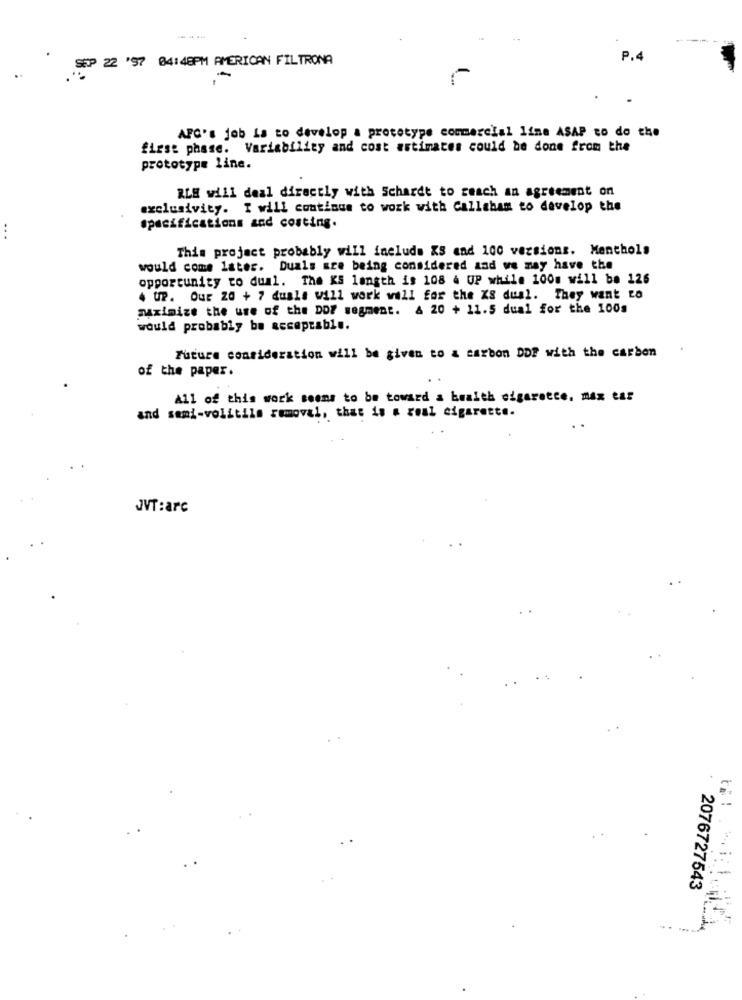
SEP 22 '97 04:48PM AMERICAN FILTRONA
P.4
AFC's job is to develop a prototype commercial line ASAP to do the
first phase. Variability and cost estimates could be done from the
prototype line.
RLE will deal directly with Schardt to reach an agreement on
exclusivity. I will continue to work with Callahan to develop the
Specifications and costing.
...
This project probably will include XS cad 100 versions. Menthols
would come later. Duals are being considered and we may have the
opportunity to dual. The KS length is 108 4 UP while 100m will be 126
4 UP. Our 20 + 7 duals will work wall for the KS dual. They want to
maximize the use of the DOF segment. & 20 + 11.5 dual for the 100g
would probably be acceptable.
Future consideration will be given to & carbon DDP with the carbon
of the paper.
All of this work seems to be toward a health cigarette. max tar
and semi-volitils removal, that is a real cigarette.
JVT :arc
2076727543